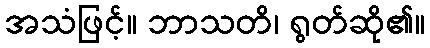
အသံဖြင့်။ ဘာသတိ၊ ရွတ်ဆို၏။